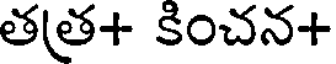
తత+ కించన+